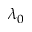
\lambda _ { 0 }